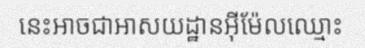
នេះអាចជាអាសយដ្ឋានអ៊ីម៉ែលឈ្មោះ